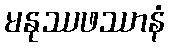
မနုဿဖဿာနံ